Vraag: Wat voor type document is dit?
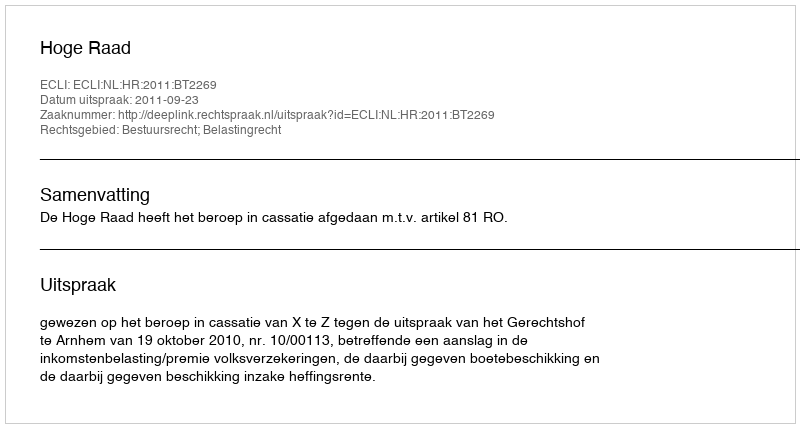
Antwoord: Uitspraak